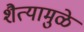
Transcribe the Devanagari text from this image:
शैत्यामुळे